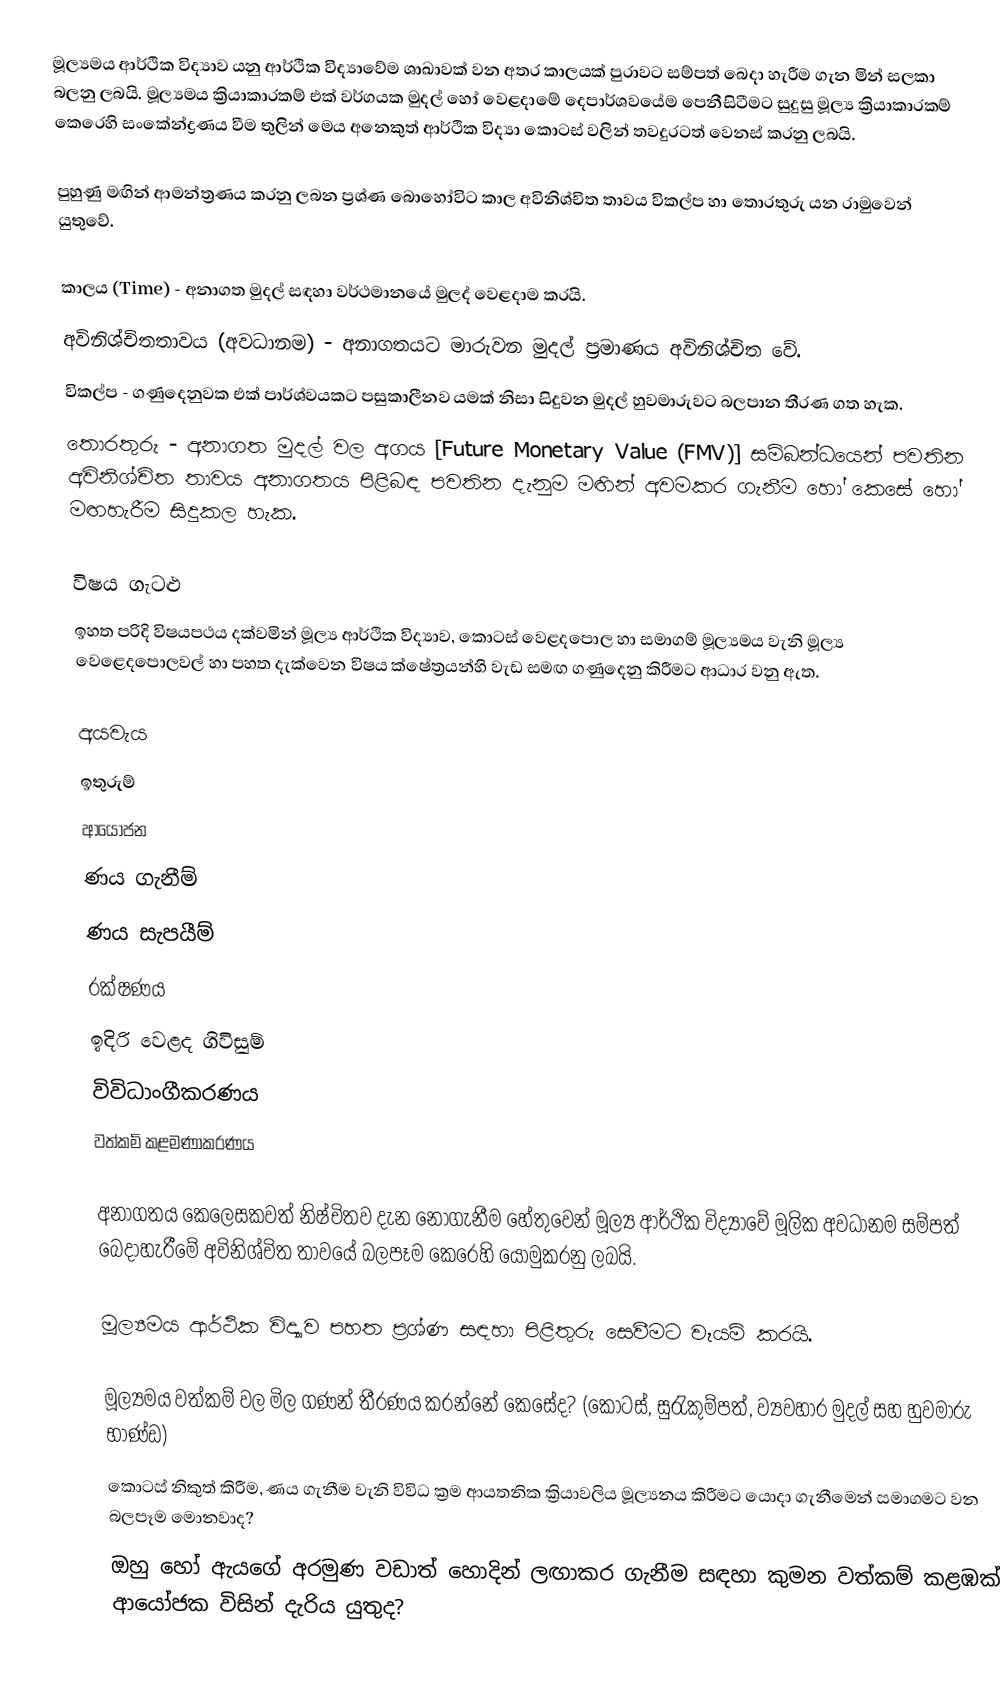
මූල්‍යමය ආර්ථික විද්‍යාව යනු ආර්ථික විද්‍යාවේම ශාඛාවක් වන අතර කාලයක් පුරාවට සම්පත් බෙදා හැරීම ගැන මින් සලකා බලනු ලබයි.  මූල්‍යමය ක්‍රියාකාරකම් එක් වර්ගයක මුදල් හෝ වෙළදාමේ දෙපාර්ශවයේම පෙනීසිටීමට සුදුසු මූල්‍ය ක්‍රියාකාරකම් කෙරෙහි සංකේන්ද්‍රණය වීම තුලින් මෙය අනෙකුත් ආර්ථික විද්‍යා කොටස් වලින් තවදුරටත් වෙනස් කරනු ලබයි.

පුහුණු මඟින් ආමන්ත්‍රණය කරනු ලබන ප්‍රශ්ණ බොහෝවිට කාල අවිනිශ්චිත තාවය විකල්ප හා තොරතුරු යන රාමුවෙන් යුතුවේ.

කාලය (Time) - අනාගත මුදල් සඳහා වර්ථමානයේ මුලද් වෙළදාම කරයි.
අවිනිශ්චිතතාවය (අවධානම) - අනාගතයට මාරුවන මුදල් ප්‍රමාණය අවිනිශ්චිත වේ.
විකල්ප - ගණුදෙනුවක එක් පාර්ශ්වයකට පසුකාලීනව යමක් නිසා සිදුවන මුදල් හුවමාරුවට බලපාන තීරණ ගත හැක.
තොරතුරු -  අනාගත මුදල් වල අගය [Future Monetary Value (FMV)] සම්බන්ධයෙන් පවතින අවිනිශ්චිත තාවය අනාගතය පිළිබඳ පවතින දැනුම මඟින් අවමකර ගැනීම හෝ කෙසේ හෝ මඟහැරීම සිදුකල හැක.

විෂය ගැටළු
ඉහත පරිදි විෂයපථය දක්වමින් මූල්‍ය ආර්ථික විද්‍යාව, කොටස් වෙළදපොල හා සමාගම් මූල්‍යමය වැනි මූල්‍ය වෙළෙදපොලවල් හා පහත දැක්වෙන විෂය ක්ෂේත්‍රයන්හි වැඩ සමඟ ගණුදෙනු කිරීමට ආධාර වනු ඇත.

අයවැය
ඉතුරුම් ‍
ආයෝජන
ණය ගැනීම්
ණය සැපයීම්
රක්ෂණය
ඉදිරි වෙළද ගිවිසුම්
විවිධාංගීකරණය
වත්කම් කළමණාකරණය

අනාගතය කෙලෙසකවත් නිෂ්චිතව දැන නොගැනීම හේතුවෙන් මූල්‍ය ආර්ථික විද්‍යාවේ මූලික අවධානම සම්පත් බෙදාහැරීමේ අවිනිශ්චිත තාවයේ බලපෑම කෙරෙහි යොමුකරනු ලබයි.

මූල්‍යමය ආර්ථික විද්‍යාව පහත ප්‍රශ්ණ සඳහා පිළිතුරු සෙවීමට වෑයම් කරයි.

මූල්‍යමය වත්කම් වල මිල ගණන් තීරණය කරන්නේ කෙසේද? (කොටස්, සුරැකුම්පත්, ව්‍යවහාර මුදල් සහ හුවමාරු භාණ්ඩ)
කොටස් නිකුත් කිරීම, ණය ගැනීම වැනි විවිධ ක්‍රම ආයතනික ක්‍රියාවලිය මූල්‍යනය කිරීමට යොදා ගැනීමෙන් සමාගමට ‍වන බලපෑම මොනවාද?
ඔහු හෝ ඇයගේ අරමුණ වඩාත් හොදින් ලඟාකර ගැනීම සඳහා කුමන වත්කම් කළඹක් ආයෝජක විසින් දැරිය යුතුද?